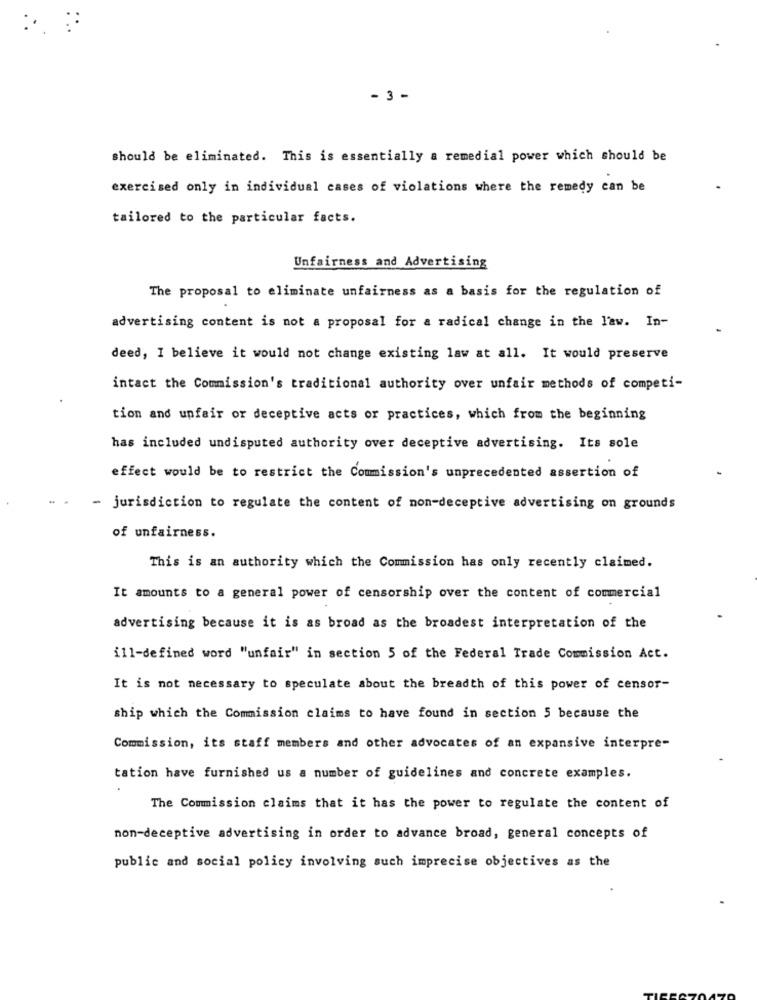
- 3 -
should be eliminated. This is essentially a remedial power which should be
exercised only in individual cases of violations where the remedy can be
tailored to the particular facts.
Unfairness and Advertising
The proposal to eliminate unfairness as a basis for the regulation of
advertising content is not a proposal for a radical change in the law. In-
deed, I believe it would not change existing law at all. It would preserve
intact the Commission's traditional authority over unfair methods of competi-
tion and unfair or deceptive acts or practices, which from the beginning
has included undisputed authority over deceptive advertising. Its sole
effect would be to restrict the Commission's unprecedented assertion of
- jurisdiction to regulate the content of non-deceptive advertising on grounds
of unfairness.
This is an authority which the Commission has only recently claimed.
It amounts to a general power of censorship over the content of commercial
advertising because it is as broad as the broadest interpretation of the
ill-defined word "unfair" in section 5 of the Federal Trade Commission Act.
It is not necessary to speculate about the breadth of this power of censor-
ship which the Commission claims to have found in section 5 because the
Commission, its staff members and other advocates of an expansive interpre-
tation have furnished us a number of guidelines and concrete examples.
The Commission claims that it has the power to regulate the content of
non-deceptive advertising in order to advance broad, general concepts of
public and social policy involving such imprecise objectives as the